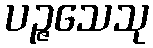
ပဉ္ဇသေသု